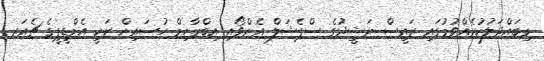
މިބައްދަލުކުރެއްވުމުގައި ރައީސް ނަޝީދުގެ ސްޕެޝަލް އެންވޯއި އިބްރާހިމް ހުސައިން ޒަކީ އެމްޑީޕީގެ ޗެއަރ